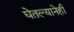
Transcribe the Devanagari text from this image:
घेतल्यानेही